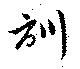
訓